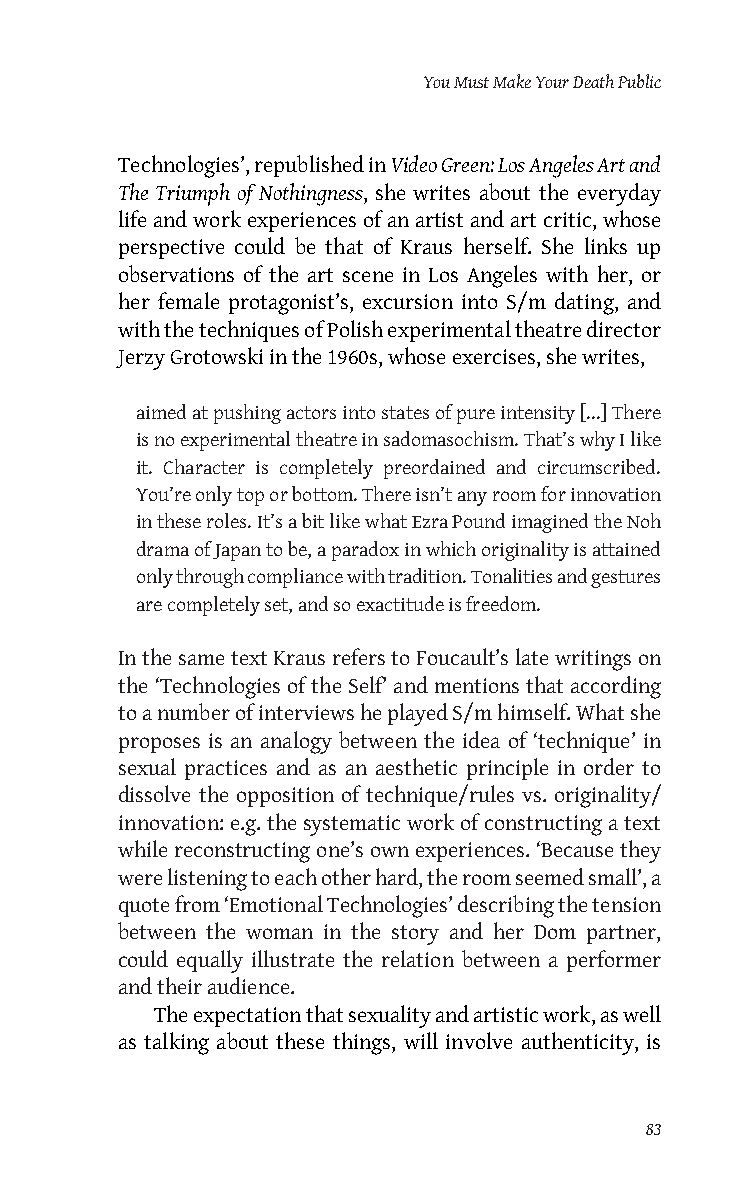
You Must Make Your Death Public
 Technologies’, republished in Video Green: Los Angeles Art and
 The Triumph of Nothingness, she writes about the everyday
 life and work experiences of an artist and art critic, whose
 perspective could be that of Kraus herself. She links up
 observations of the art scene in Los Angeles with her, or
 her female protagonist’s, excursion into S/m dating, and
 with the techniques of Polish experimental theatre director
 Jerzy Grotowski in the 1960s, whose exercises, she writes,
 aimed at pushing actors into states of pure intensity [...] There
 is no experimental theatre in sadomasochism. That’s why I like
 it. Character is completely preordained and circumscribed.
 You’re only top or bottom. There isn’t any room for innovation
 in these roles. It’s a bit like what Ezra Pound imagined the Noh
 drama of Japan to be, a paradox in which originality is attained
 only through compliance with tradition. Tonalities and gestures
 are completely set, and so exactitude is freedom.
 In the same text Kraus refers to Foucault’s late writings on
 the ‘Technologies of the Self’ and mentions that according
 to a number of interviews he played S/m himself. What she
 proposes is an analogy between the idea of ‘technique’ in
 sexual practices and as an aesthetic principle in order to
 dissolve the opposition of technique/rules vs. originality/
 innovation: e.g. the systematic work of constructing a text
 while reconstructing one’s own experiences. ‘Because they
 were listening to each other hard, the room seemed small’, a
 quote from ‘Emotional Technologies’ describing the tension
 between the woman in the story and her Dom partner,
 could equally illustrate the relation between a performer
 and their audience.
 The expectation that sexuality and artistic work, as well
 as talking about these things, will involve authenticity, is
 83